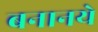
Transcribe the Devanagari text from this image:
बनानये